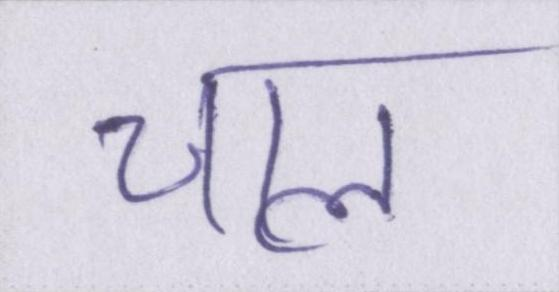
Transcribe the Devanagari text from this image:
चाल